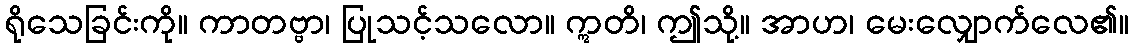
ရိုသေခြင်းကို။ ကာတဗ္ဗာ၊ ပြုသင့်သလော။ ဣတိ၊ ဤသို့။ အာဟ၊ မေးလျှောက်လေ၏။